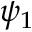
\psi _ { 1 }